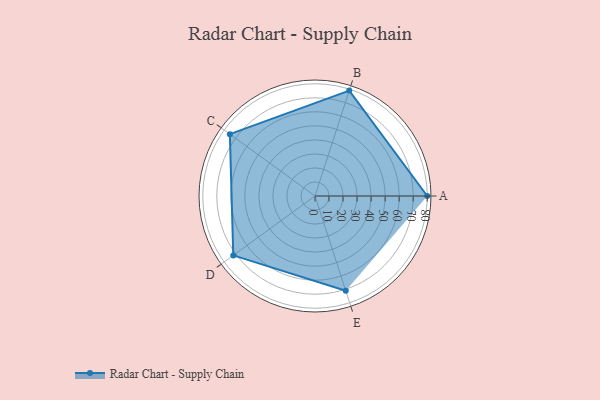
{"axis": {"x": "Skill", "y": "Score"}, "legend": ["Profile"], "data": [{"x": "A", "y": 80.0, "type": "Profile"}, {"x": "B", "y": 79.0, "type": "Profile"}, {"x": "C", "y": 75.0, "type": "Profile"}, {"x": "D", "y": 72.0, "type": "Profile"}, {"x": "E", "y": 71.0, "type": "Profile"}]}